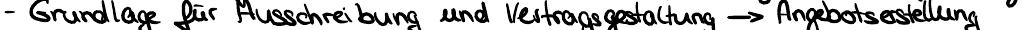
- Grundlage für Ausschreibung und Vertragsgestaltung -> Angebotserstellung